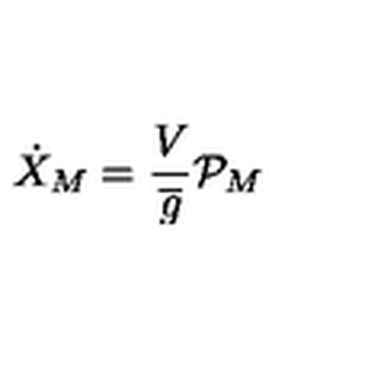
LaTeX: \dot { X } _ { M } = \frac { V } { \overline { { g } } } { \mathcal { P } } _ { M }